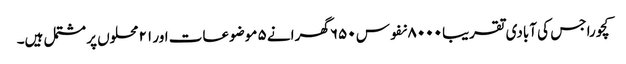
کچورا جس کی آبادی تقریبا ۸۰۰۰ نفوس ۶۵۰ گھرانے ۵ موضوعات اور ۲۱ محلوں پر مشتمل ہیں۔